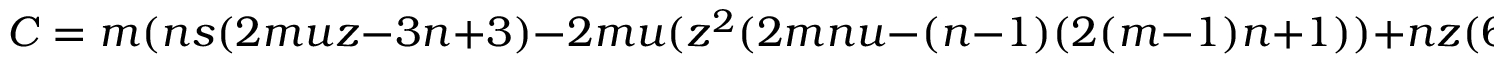
C = m ( n s ( 2 m u z - 3 n + 3 ) - 2 m u ( z ^ { 2 } ( 2 m n u - ( n - 1 ) ( 2 ( m - 1 ) n + 1 ) ) + n z ( 6 m n - 4 m u - 6 m - 7 n + u + 8 ) - ( 4 m - 3 ) ( n - 1 ) n ) ) ,